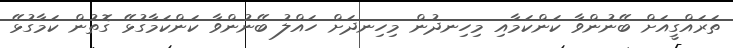
ތަރައްގީއަށް ބޭނުންވާ ކަންކަމާއި މިހިނދުން މިހިނދަށް ހައްލު ބޭނުންވާ ކަންކަމާގުޅޭ ގޮތުން ކަމާގުޅޭ